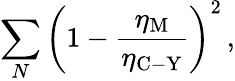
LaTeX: \sum_{N}\left(1-\frac{\eta_{\mathrm{M}}}{\eta_{\mathrm{C-Y}}}\right)^{2}\, ,